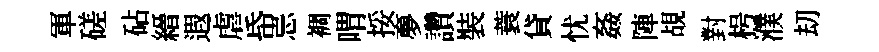
軍磋砧縉遐虐帋忌裯喟挼夣讚裝蓑貸忧姦陣覘對枵濮刧